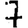
Digit: 7